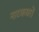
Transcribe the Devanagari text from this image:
नाटकघरों